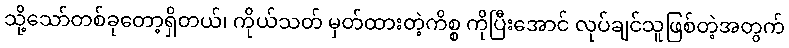
သို့သော်တစ်ခုတော့ရှိတယ်၊ ကိုယ်သတ် မှတ်ထားတဲ့ကိစ္စ ကိုပြီးအောင် လုပ်ချင်သူဖြစ်တဲ့အတွက်